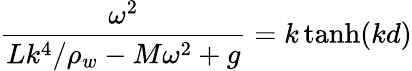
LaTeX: \frac{\omega^{2}}{Lk^{4}/\rho_{w}-M\omega^{2}+g}=k\operatorname{tanh}(kd)